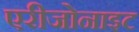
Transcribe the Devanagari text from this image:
एरीजोनाइट